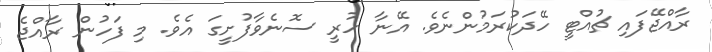
ރާއްޖޭފައި ޗުއްޓީ ހޭދަކުރަމުންނެވެ. އޭނާ ހުރީ ސޮނެވާފުށީގަ އެވެ. މި ފަހުން ރާއްޖެ